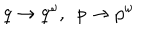
q \rightarrow q ^ { \omega } , \ \ p \rightarrow p ^ { \omega }